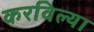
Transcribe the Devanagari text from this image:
करविल्या